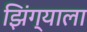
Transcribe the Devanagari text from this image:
झिंग्याला